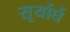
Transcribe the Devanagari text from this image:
सूर्यार्घ